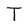
Character: T